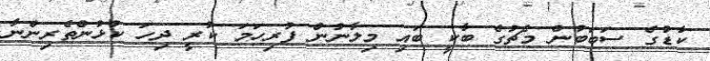
ކާޑުގެ ސަބަބުން މެޗުގެ ބާކީ ބައި މިލާނުން ފުރިހަމަ ކުރީ ދިހަ ކުޅުންތެރިންނާ